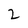
Character: 2